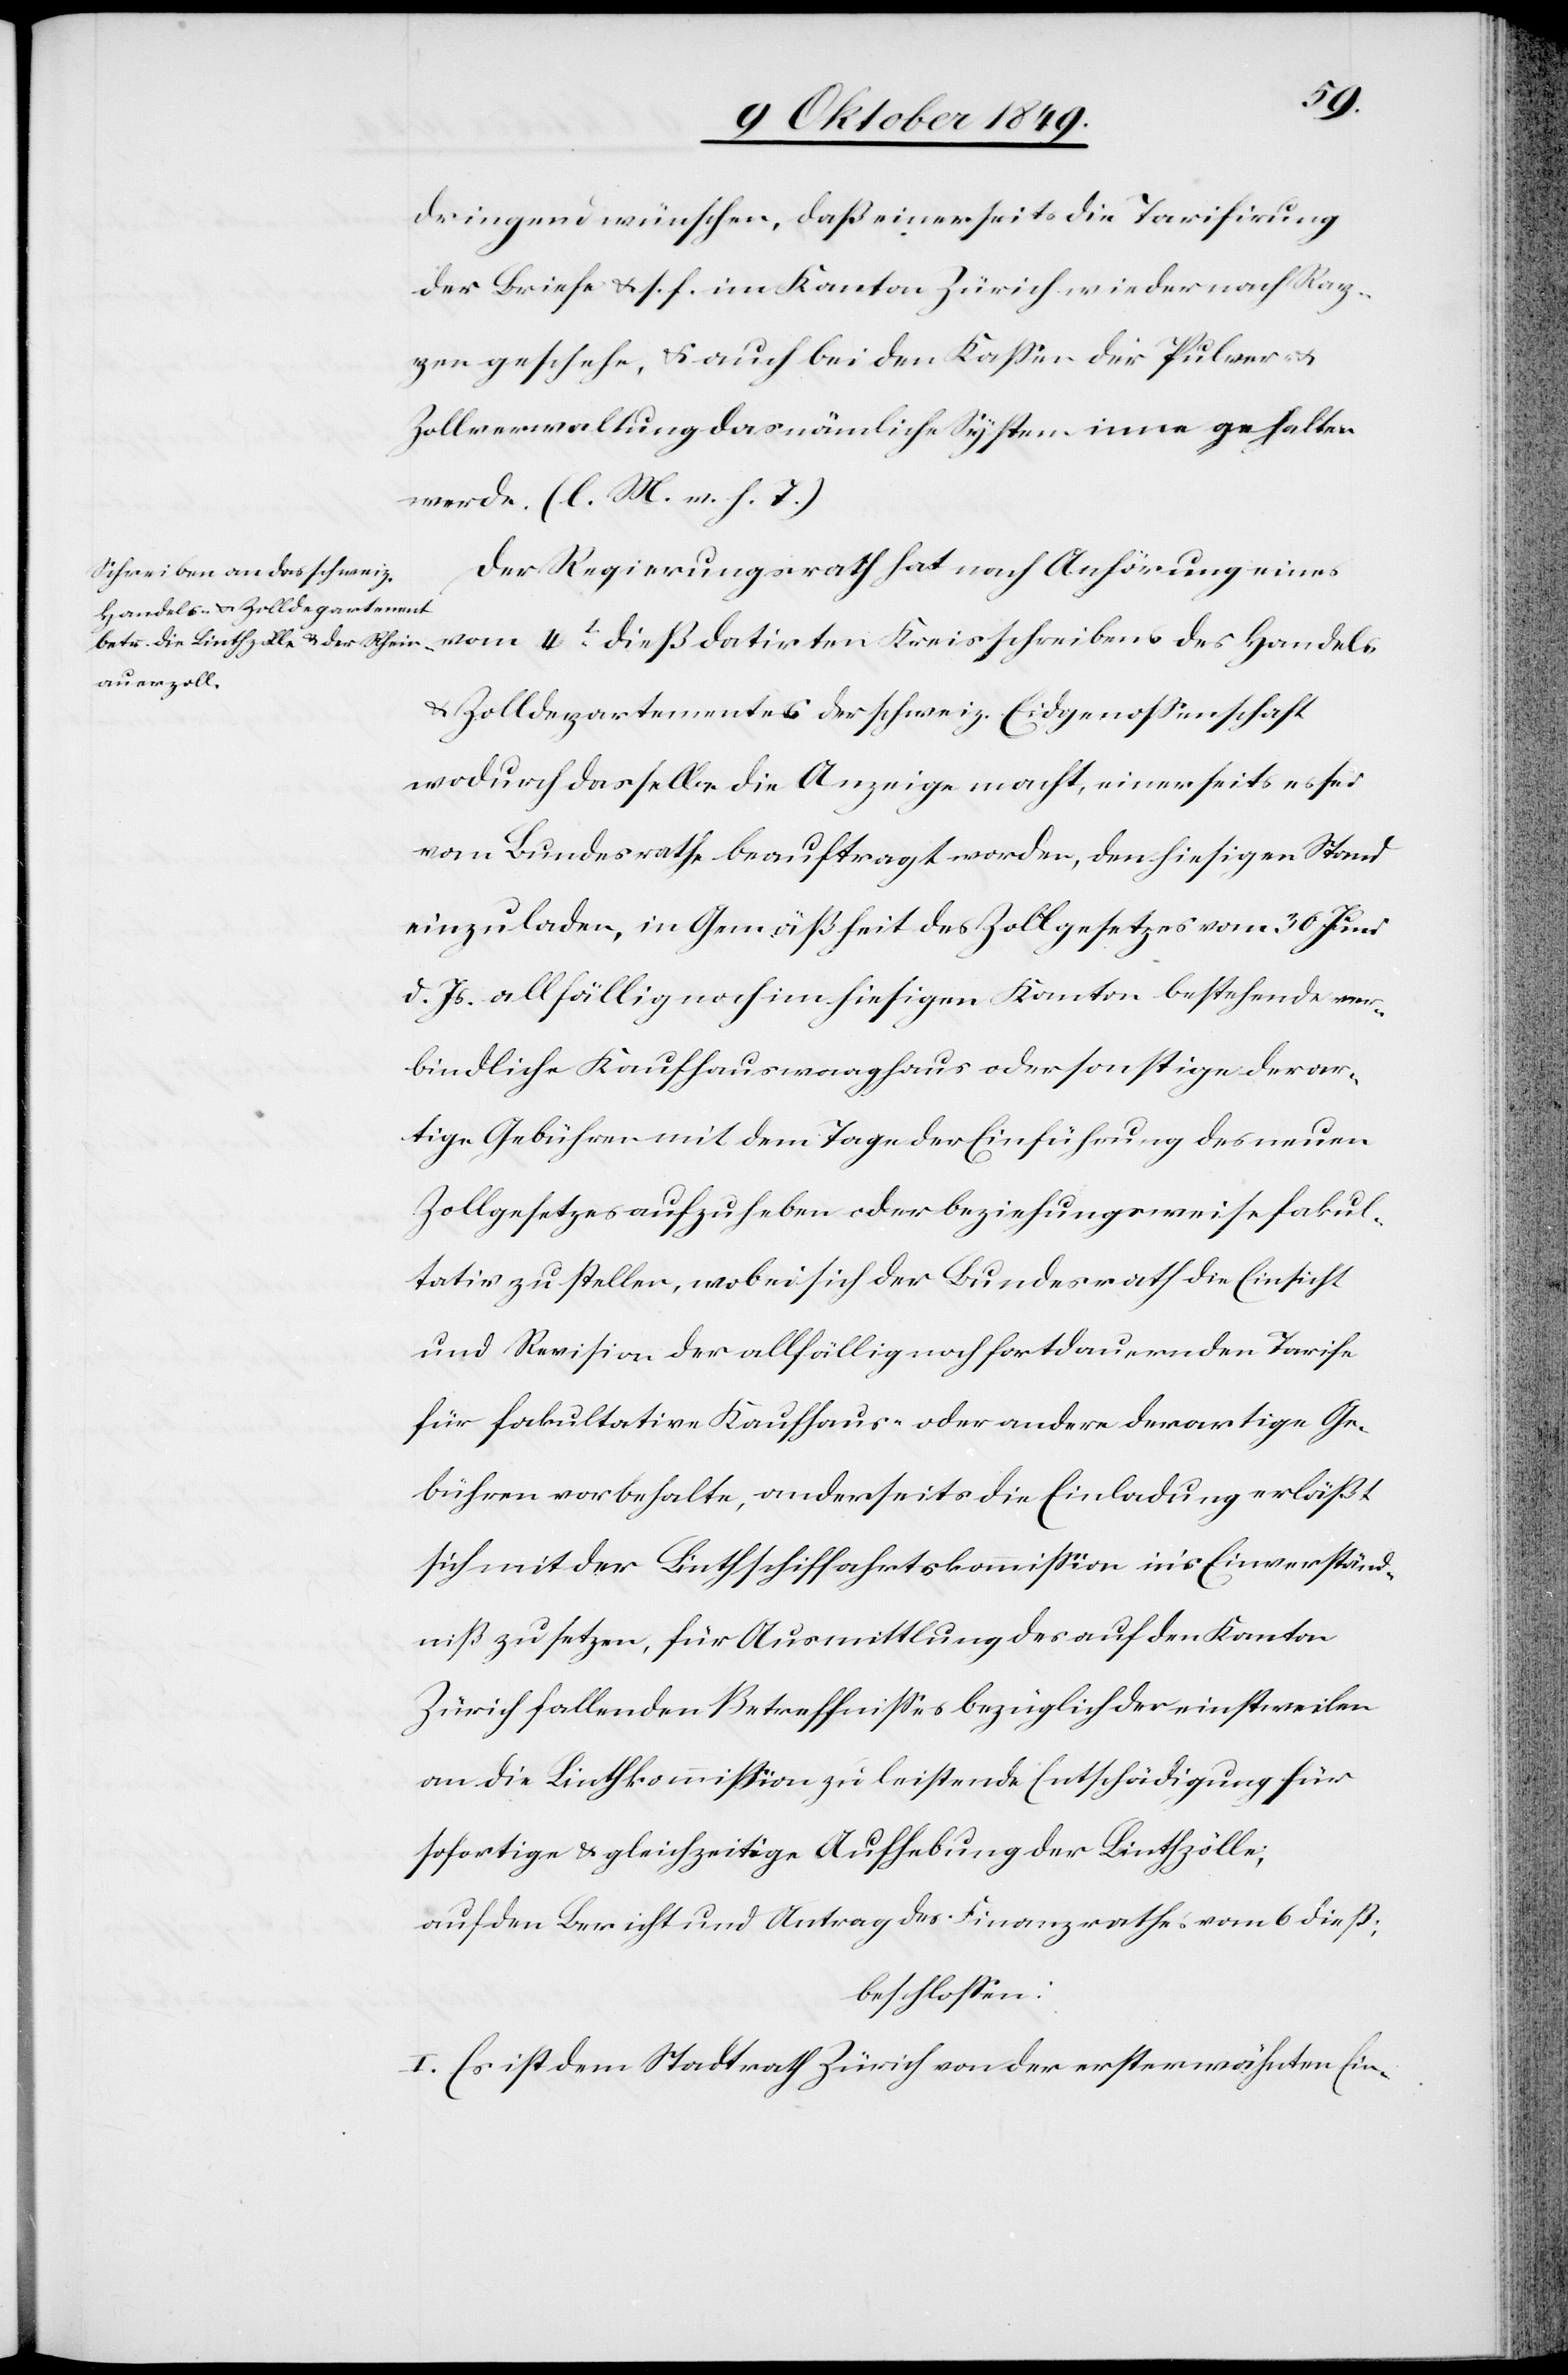
dringend wünschen, daß einerseits die Tarifirung
der Briefe u. s. f. im Kanton Zürich wieder nach Rap¬
pen geschehe, u. auch bei den Kaßen der Pulver u.
Zollverwaltung das mündliche System inne gehalten
werde. [l. M. v. h. T]
Der Regierungsrath hat nach Anhörung eines
vom 4t dieß datirten Kreisschreibens des Handels-
u. Zolldepartements der schweiz. Eidgenossenschaft
wodurch dasselbe die Anzeige macht, einerseits es sei
vom Bundesrathe beauftragt worden, den hiesigen Stand
einzuladen, in Gemäßheit des Zollgesetzes vom 30 Juni
d. Js. allfällig noch im hiesigen Kanton bestehende ver¬
bindliche Kaufhauswaaghaus oder sonstige derar¬
tige Gebühren mit dem Tage der Einführung des neuen
Zollgesetzes aufzuheben oder beziehungsweise fakul¬
tativ zu stellen, wobei sich der Bundesrath die Einsicht
und Revision der allfällig noch fortdauernden Tarife
für fakultativen Kaufhaus- oder andere derartige Ge¬
bühren vorbehalte, anderseits die Einladung erläßt
sich mit der Linthschifffahrtskommißion in’s Einverständ¬
niß zu setzen, für Ausmittlung des auf den Kanton
Zürich fallenden Betreffnißes bezüglich der einstweilen
an die Linthkommißion zu leistende Entschädigung für
sofortige u. gleichzeitige Aufhebung der Linthzölle,
auf den Bericht und Antrag des Finanzrathes vom 6 dieß;
beschloßen:
I. Es ist dem Stadtrath Zürich an der ersterwähnten Ein-